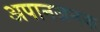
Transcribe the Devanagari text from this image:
अपानजनक